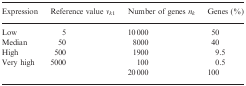
<table><thead><tr><td><b>Expression</b></td><td><b>Reference value <i>v<sub>k</sub></i><sub>1</sub></b></td><td><b>Number of genes <i>n<sub>k</sub></i></b></td><td><b>Genes (%)</b></td></tr></thead><tbody><tr><td>Low</td><td>5</td><td>10 000</td><td>50</td></tr><tr><td>Median</td><td>50</td><td>8000</td><td>40</td></tr><tr><td>High</td><td>500</td><td>1900</td><td>9.5</td></tr><tr><td>Very high</td><td>5000</td><td>100</td><td>0.5</td></tr><tr><td></td><td></td><td>20 000</td><td>100</td></tr></tbody></table>